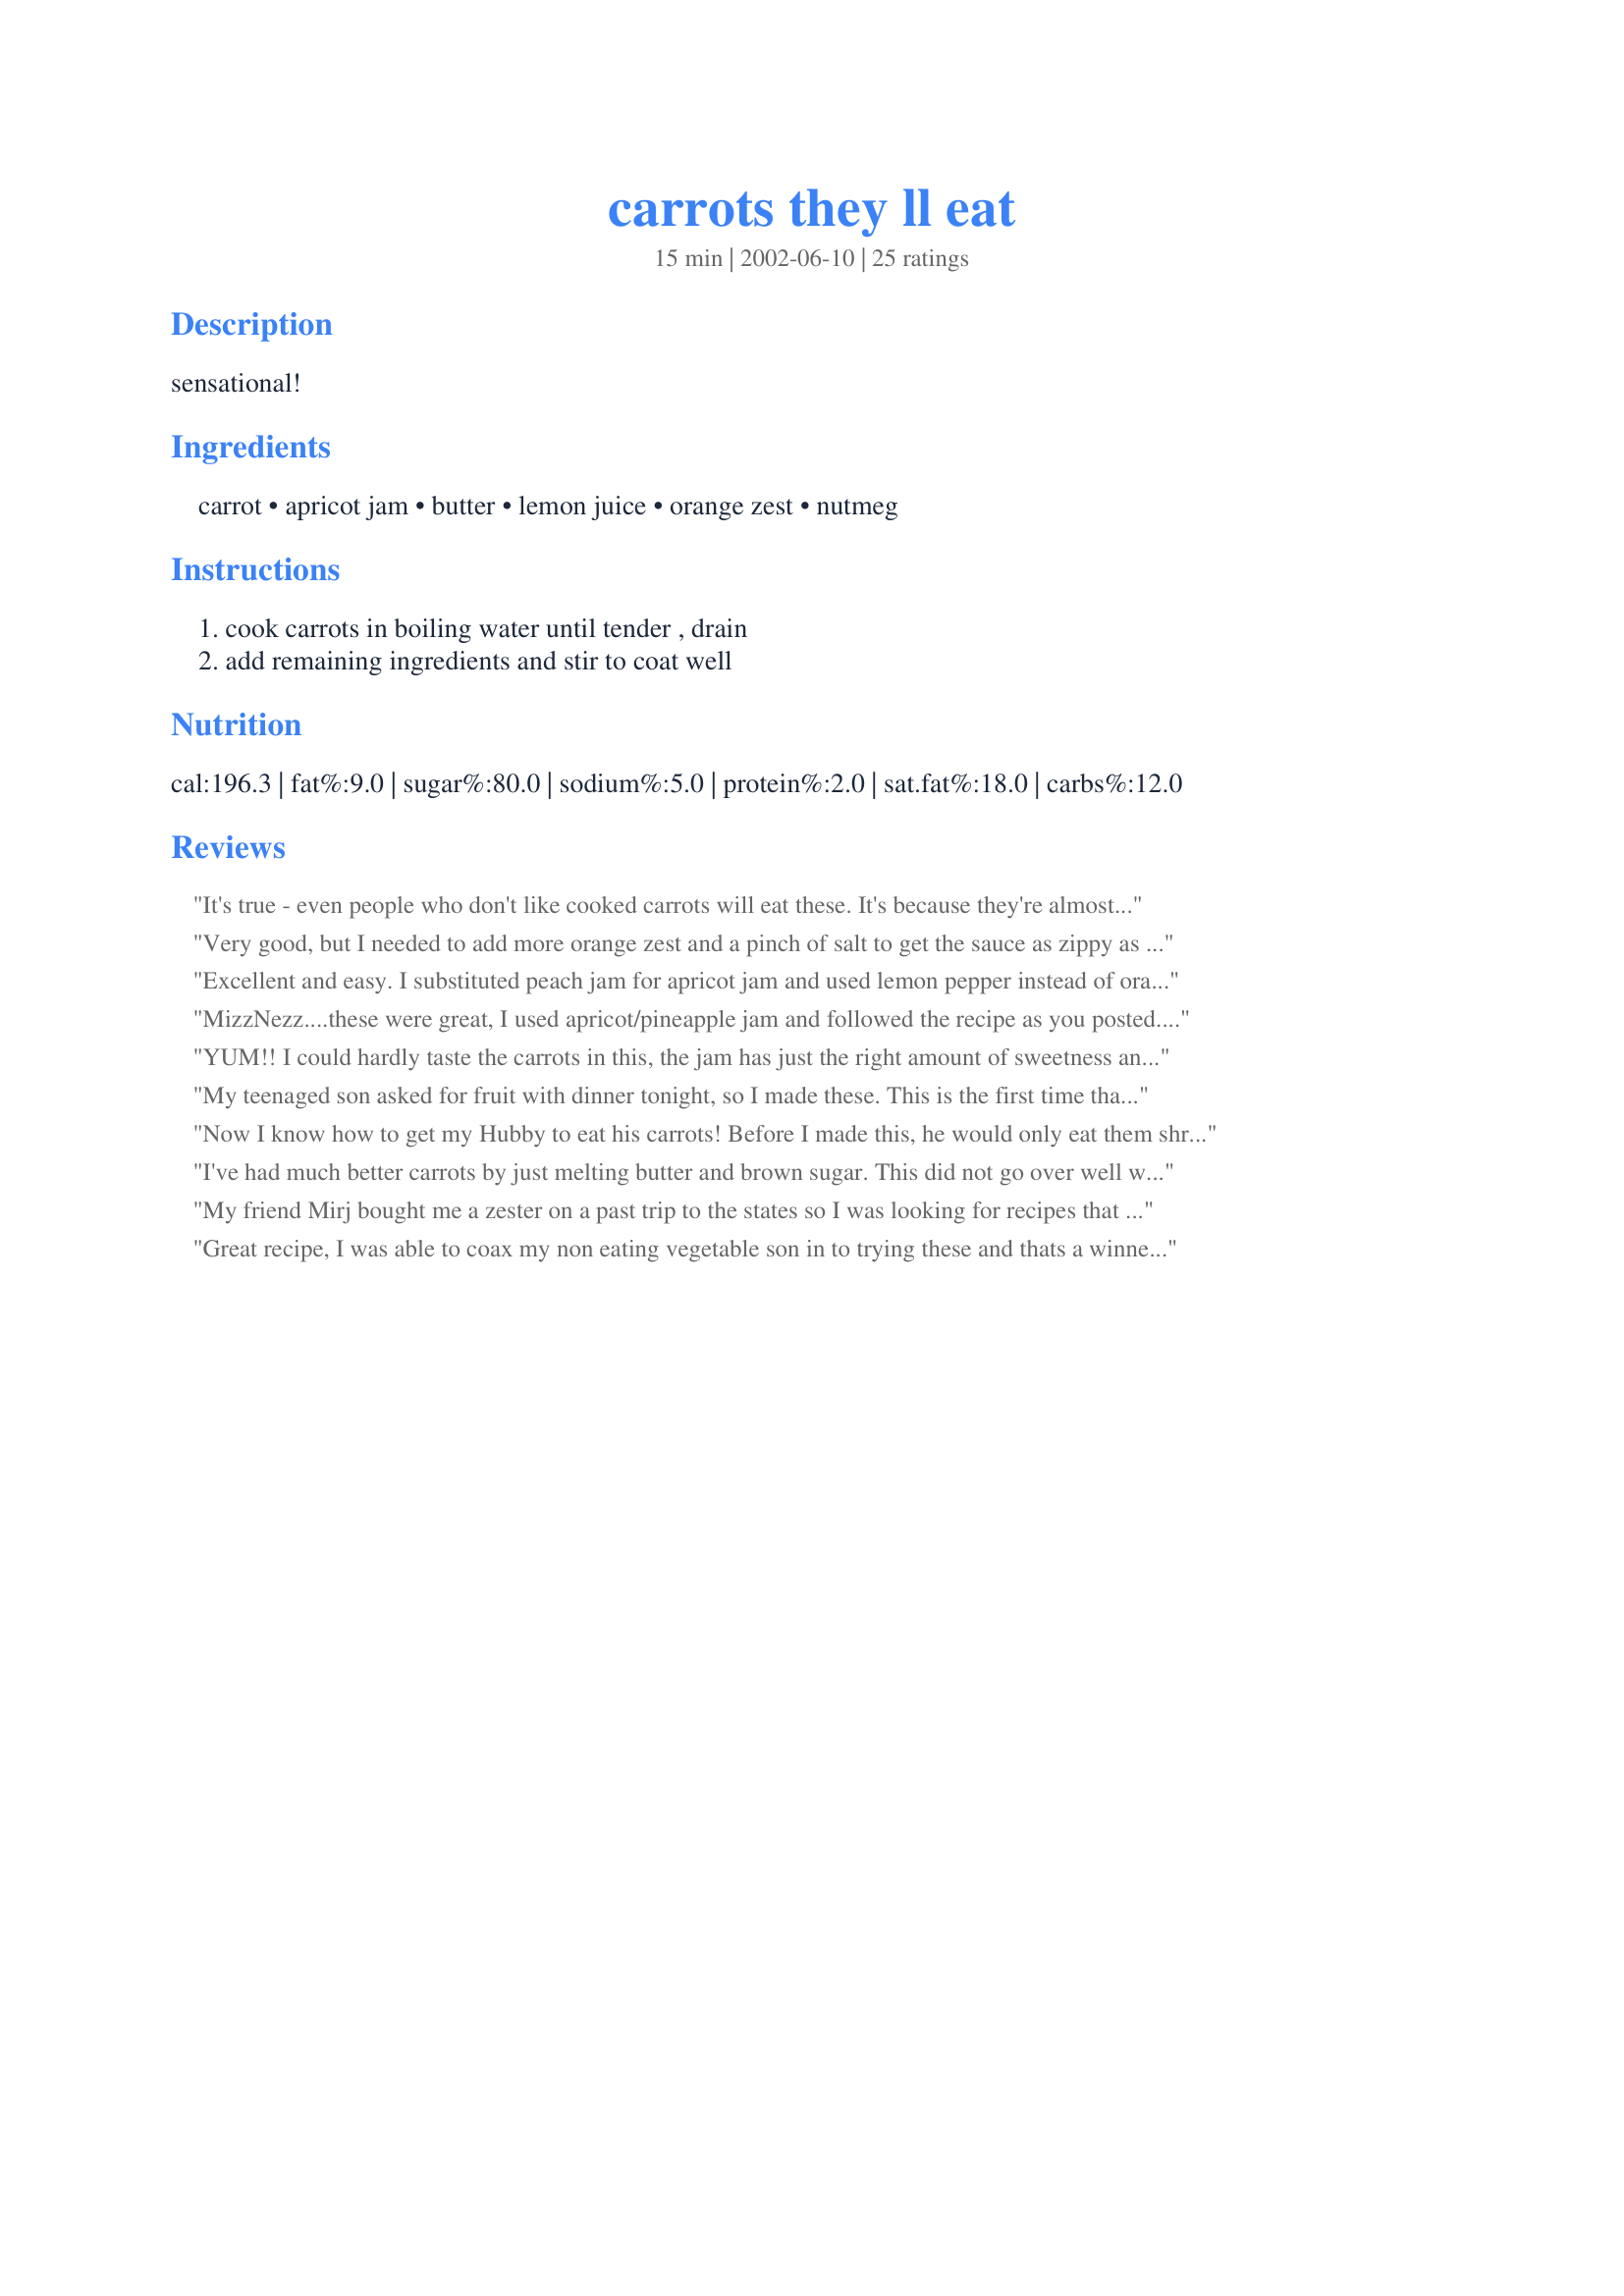
carrots they ll eat
Preparation time: 15 minutes

sensational!

Ingredients:
carrot, apricot jam, butter, lemon juice, orange zest, nutmeg

Steps:
cook carrots in boiling water until tender , drain, add remaining ingredients and stir to coat well

Reviews:
It's true - even people who don't like cooked carrots will eat these. It's because they're almost like CANDY. They go great with Thanksgiving-ish dinners.
Very good, but I needed to add more orange zest and a pinch of salt to get the sauce as zippy as I like it.
Excellent and easy. I substituted peach jam for apricot jam and used lemon pepper instead of orange zest. Great combination. Will definately make again.
MizzNezz....these were great, I used apricot/pineapple jam and followed the recipe as you posted...got rave reviews at Easter dinner. Thanks for a great keeper.
YUM!! I could hardly taste the carrots in this, the jam has just the right amount of sweetness and the nutmeg tops it off perfectly. I didn't have orange zest but I can't imagine this being any better! Thanks for sharing.
My teenaged son asked for fruit with dinner tonight, so I made these. This is the first time that he ate his vegitables before anything else on his plate. I thought that there was too much nutmeg, next time I will use only an 1/8 of a teaspoon instead on 1/4. I would not change anything else about the recipe.
Now I know how to get my Hubby to eat his carrots! Before I made this, he would only eat them shredded in a salad. I enjoyed the sweetness of this dish very much. Thanks!
I've had much better carrots by just melting butter and brown sugar. This did not go over well with the family. Even I did not like it much.
My friend Mirj bought me a zester on a past trip to the states so I was looking for recipes that I could use it in. Since my family likes cooked carrots, this was perfect. It was a nice change from my standard sweet carrots and I thought the jam was a great idea. I cooked for someone else in our community who had twin boys and I made this as one of the side dishes. She called to tell me her whole family loved it and she wanted the recipe. She was excited it was so easy especially after having twins..
Great recipe, I was able to coax my non eating vegetable son in to trying these and thats a winner in my book. Easy to make and flavour is great.
We love carrots and I served these on our Thanksgiving buffet. Everyone loved all the flavor this dish has and it was requested to adorn our table on Christmas, so carrots it is again real soon!
mmmm, mmmm, mmmmm! I love these carrots! I have made them twice so far, once with the apricot jam and I also tried orange jam. Both were deeelish. Thanks MizzNezz.
I'm not a lover of carrots, but I love this! I have made it over and over and everyone loves it. I like changing up the jam flavors, it still tastes great every time.
Loved these! Made them as written for Easter dinner. My mom said, "It's like a party in my mouth!" My husband didn't enjoy them, but he likes things very, very bland. Thanks so much for the recipe!
I made these for Christmas dinner, they were enjoyed by ALL. There wasn't one carrot left. I used baby carrots, cooked until just tender and sauted just a couple of minutes in the sauce, Yummy. Thank you Inez for posting the recipe.
Made this for Easter Dinner. Was delicious...Everyone liked them!
Didnt have orange zest, so a little Lemon Zest worked fine!
I thought this was a very easy recipe to make, but to make this again, I think I would need to 'tweek' it a bit. For me, it needed something else - maybe a tablespoon or two of brown sugar and a pinch of salt. My 9 year old daughter still would not eat them...and she's a pretty good vegetable eater.
Yum! These carrots were so easy and delicious. I used peach jam and left out the orange zest because I didn't have any on hand, and we had a great veggie in no time flat! I will definitely be making these again.
Tasty and quick to fix. I used homemade apricot jam, fresh lemon juice, and only one tablespoon of butter and could have eaten the sauce with a spoon. Reading the reviews, I think the type of jam used would affect the results. A commercial jam that's mostly corn syrup would make these very, very sweet and give a thicker sauce, while homemade jam or all-fruit apricot preserves would be thinner and not as sweet. My family enjoyed them very much. Thanks for sharing the recipe!
very tasty carrots!! We loved them, I used sugar free apricot spread and the grated orange rind, with the lemon juice and nutmeg, what a lovely combination. Scaled the recipe for two and it worked very well. Thanks for sharing a good one we will make again!
This was yummy! I used my steamer to cook the carrots, strawberry jam instead of apricot, and omitted the orange zest because I didn't have any on hand. Great recipe-thanks a bunch!
These were pretty good but for my taste they were too citrus-y. If I make them again, I think I will cut the sauce in half and leave out the orange zest. But, for an easy weeknight meal this is a great recipe! Thanks!
Just finished enjoying this dish. Very easy to prepare. Has a good appearance and a great aroma. I'll probably cut the amount of jam down by about half in the future as it was a little too sweet for us.
A miracle!!! BF, who hates carrots like no other veggie and considers it punishment when I make them anyways, actually complimented me on these. I used orange marmelade instead. The kids liked them too. Definetly a name well chosen for this recipe. Will be a keeper in this house. Thanks for introducing healthy food into my family ;)
Was looking for EXACTLY this!
To others would say do NOT give this a miss!
Really enjoyed as side dish!
Simple and easy to make, a chef's wish!
